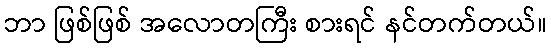
ဘာ ဖြစ်ဖြစ် အလောတကြီး စားရင် နင်တက်တယ်။